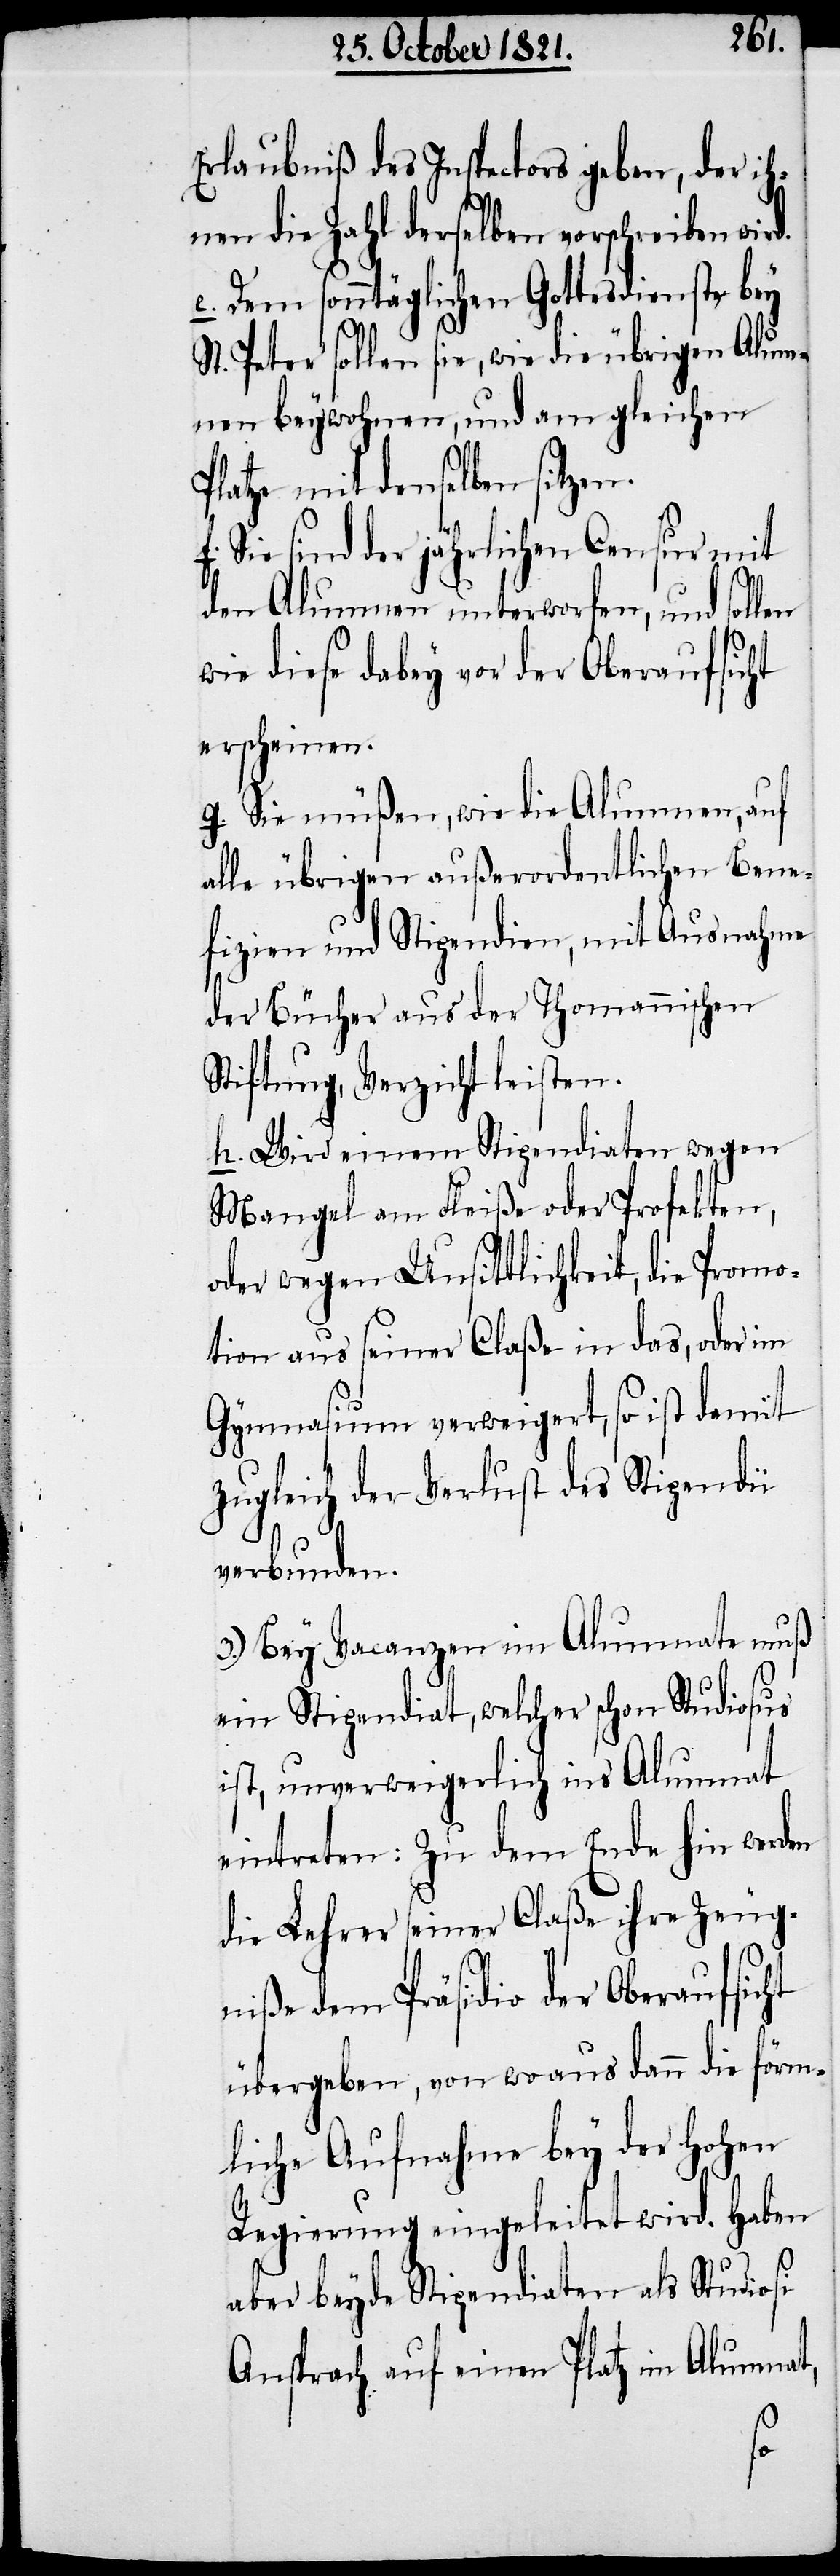
Erlaubniß des Inspectors geben, der ih¬
nen die Zahl derselben vorschreiben
e. Dem sonntäglichen Gottesdienste bey
St. Peter sollen sie, wie die übrigen Alum¬
nen beywohnen, und am gleichen
Platze mit denselben
Sie sind der jährlichen Censur mit
den Alumnen unterworfen, und sollen
wie diese dabey vor der Oberaufsicht
erscheinen.
g. Sie müßen, wie die Alumnen, auf
alle übrigen außerordentlichen Bene¬
fizien und Stipendien, mit Ausnahme
der Bücher aus der Thomannischen
Stiftung, Verzicht leisten.
h. Wird einem Stipendiaten wegen
Mangel am Fleiße oder Profekten,
oder wegen Unsittlichkeit, die Promo¬
tion aus seiner Claße in das, oder im
Gymnasium verweigert, so ist damit
zugleich der Verlust des Stipendiums
verbunden.
3.) Bey Vacanzen im Alumnate muß
ein Stipendiat, welcher schon Studiosus
ist, unverweigerlich in Alumnat
eintreten: Zu dem Ende hin werden
die Lehrer seiner Claße ihre Zeug¬
niße dem Präsidio der Oberaufsicht
übergeben, von wo aus dann die förm¬
liche Aufnahme bey der hohen
Regierung eingeleitet wird. Haben
aber beyde Stipendiaten als Studiosi
Anspruch auf einen Platz im Alumnat,